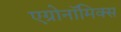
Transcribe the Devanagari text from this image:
एग्रोनॉमिक्स